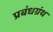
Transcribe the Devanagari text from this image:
प्रबंधग्रंथ